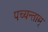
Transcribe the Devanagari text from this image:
पच्यन्ताम्‌